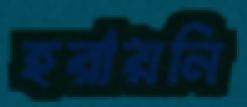
হরায়নি